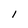
Character: l